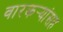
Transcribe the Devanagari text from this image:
वारकर्‍यांसह